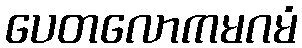
ပေတလောကမဂမံ